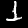
Digit: 1